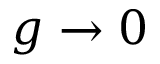
g \rightarrow 0